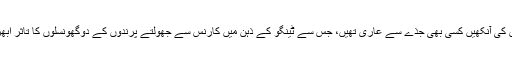
اس کی آنکھیں کسی بھی جذے سے عاری تھیں، جس سے ٹینگو کے ذہن میں کارنس سے جھولتے پرندوں کے دوگھونسلوں کا تاثر ابھرا۔